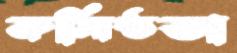
কর্মিষ্ঠতা